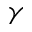
\gamma